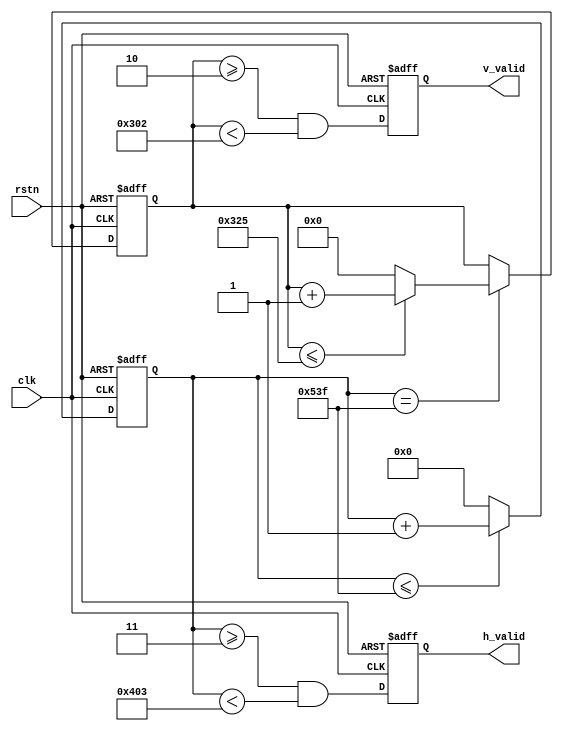
module colorbar_gen(
    clk,
    rstn,
    h_valid,
    v_valid
);
input clk;
input rstn;
output h_valid;
output v_valid;

parameter REG_HS_PIX   = 11'd1024;
parameter REG_VS_PIX   = 10'd768;
parameter REG_HW_PIX   = 11'd1344;
parameter REG_VW_PIX   = 10'd806;

reg h_valid;
reg v_valid;

reg         [10:0]  h_cnt   ;
reg         [9:0]   v_cnt   ;
wire i_fval, i_lval;

always@(posedge clk, negedge rstn) begin 
    if(!rstn) begin
        h_cnt   <= 0;
        v_cnt   <= 0;
    end
    else begin
        if(h_cnt<= REG_HW_PIX -1'b1) 
            h_cnt <= h_cnt + 1'b1 ;
        else 
            h_cnt <= 0;

        if(h_cnt == REG_HW_PIX -1'b1) begin 
            if(v_cnt<= REG_VW_PIX-1'b1) 
                v_cnt <= v_cnt + 1'b1 ;
            else 
                v_cnt <= 0 ;
        end
    end
end     

//assign i_lval = (h_cnt >= 11'd100) && (h_cnt <REG_HS_PIX + 11'd100) ;
//assign i_fval = (v_cnt >= 10'd10) && (v_cnt <REG_VS_PIX  + 10'd10) ;
assign i_lval = (h_cnt >= 11'd3) && (h_cnt <REG_HS_PIX + 11'd3) ;
assign i_fval = (v_cnt >= 10'd2) && (v_cnt <REG_VS_PIX  + 10'd2) ;
//assign i_lval = (h_cnt <REG_HS_PIX) ;
//assign i_fval = (v_cnt <REG_VS_PIX) ;

always@(posedge clk, negedge rstn) begin
    if(!rstn) begin
        h_valid <= 0;
        v_valid <= 0;
    end
    else begin
        h_valid <= i_lval;
        v_valid <= i_fval;
    end
end

endmodule